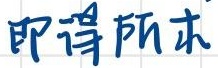
即得所求